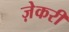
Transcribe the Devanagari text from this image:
ज़ेकरी